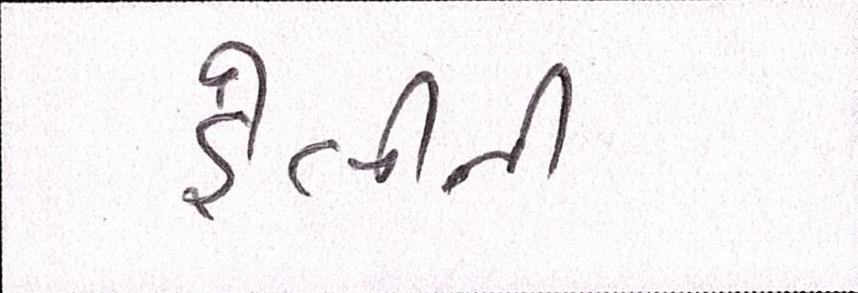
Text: હેલીની